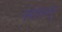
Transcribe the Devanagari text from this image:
साध्न्